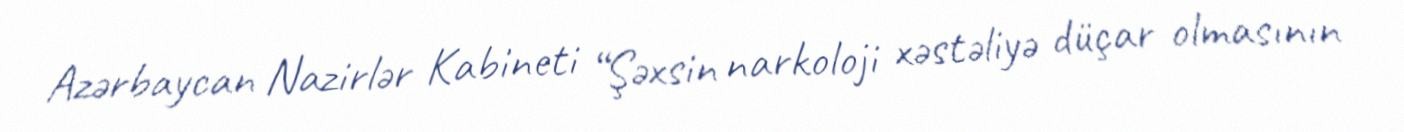
Azərbaycan Nazirlər Kabineti “Şəxsin narkoloji xəstəliyə düçar olmasının